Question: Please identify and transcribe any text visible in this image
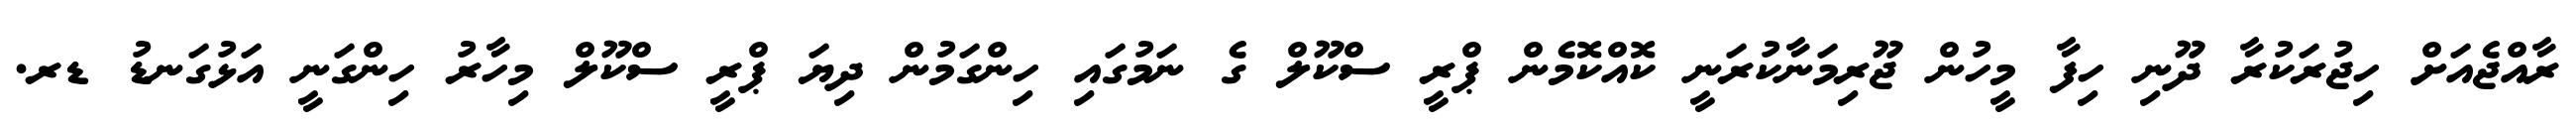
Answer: ރާއްޖެއަށް ހިޖުރަކުރާ ދޫނި ހިފާ މީހުން ޖޫރިމަނާކުރަނީ ކޮއްކޮމެން ޕްރީ ސްކޫލް ގެ ނަމުގައި ހިންގަމުން ދިޔަ ޕްރީ ސްކޫލް މިހާރު ހިންގަނީ އަޅުގަނޑު ޑރ.